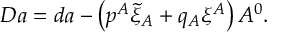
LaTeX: D a = d a - \left( p ^ { A } \tilde { \xi } _ { A } + q _ { A } \xi ^ { A } \right) A ^ { 0 } .